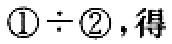
$\textcircled{1}\div\textcircled{2},得$